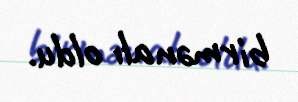
birmənalı oldu.